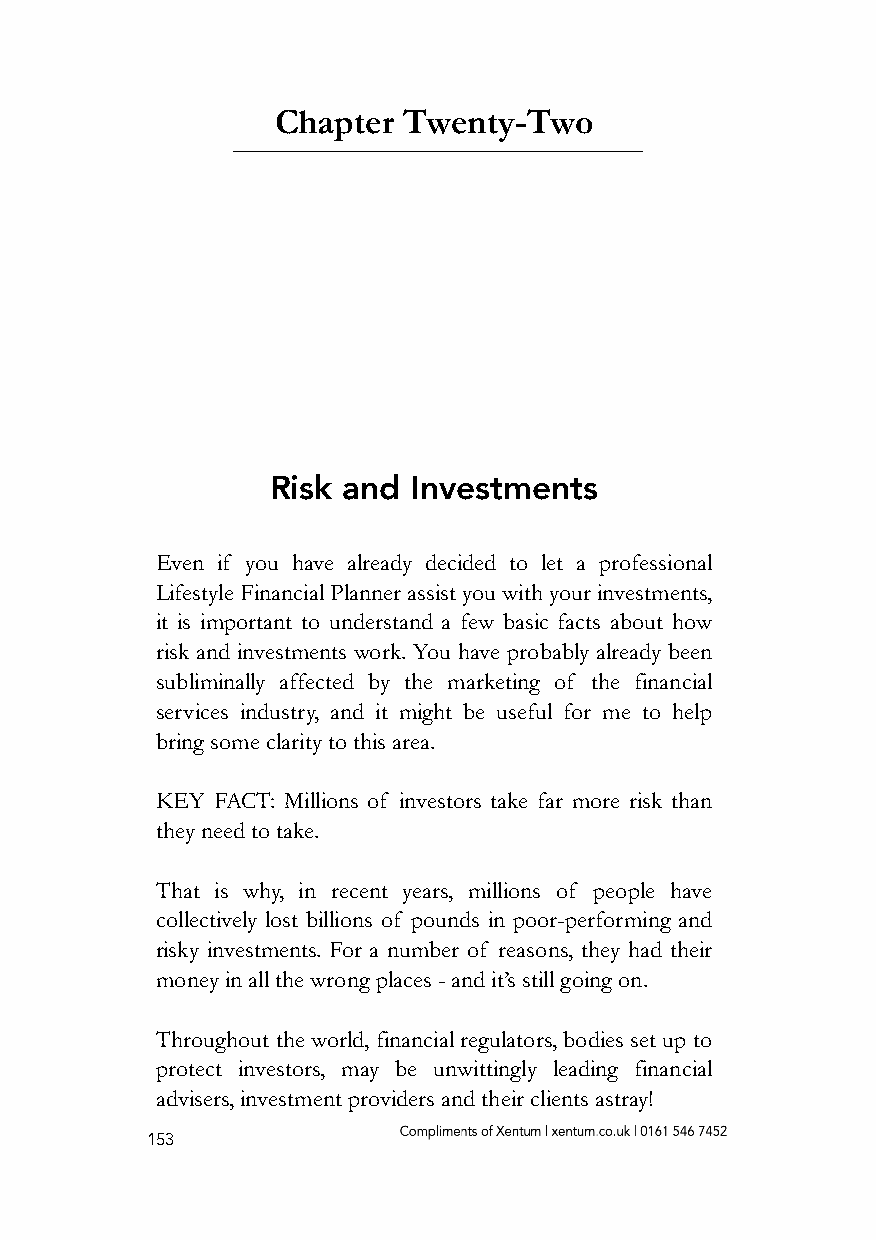
Chapter  Twenty-Two
 Risk and Investments
 Even if you have already decided to let a professional
 Lifestyle Financial Planner assist you with your investments,
 it is important to understand a few basic facts about how
 risk and investments work. You have probably already been
 subliminally affected by the marketing of the financial
 services industry, and it might be useful for me to help
 bring some clarity to this area.
 KEY FACT: Millions of investors take far more risk than
 they need to take.
 That is why, in recent years, millions of people have
 collectively lost billions of pounds in poor-performing and
 risky investments. For a number of reasons, they had their
 money in all the wrong places - and it’s still going on.
 Throughout the world, financial regulators, bodies set up to
 protect investors, may be unwittingly leading financial
 advisers, investment providers and their clients astray!
 153